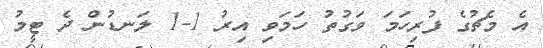
އެ މެޗުގެ ފުރިހަމަ ވަގުތު ހަމަވި އިރު 1-1 ލަނޑުން ދެ ޓީމު